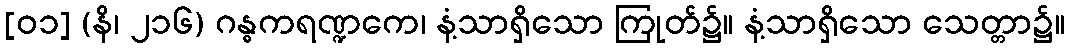
[၀၁] (နိ၊ ၂၁၆) ဂန္ဓကရဏ္ဍကေ၊ နံ့သာရှိသော ကြုတ်၌။ နံ့သာရှိသော သေတ္တာ၌။